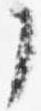
了